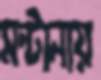
মন্টানায়